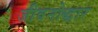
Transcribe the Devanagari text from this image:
जीवनोद्धार